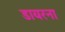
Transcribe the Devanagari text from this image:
डायरना